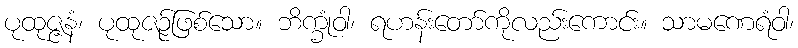
ပုထုဇ္ဇနံ၊ ပုထုဇဉ်ဖြစ်သော။ ဘိက္ခုံဝါ၊ ရဟန်းတော်ကိုလည်းကောင်း။ သာမဏေရံဝါ၊